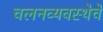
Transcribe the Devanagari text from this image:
चलनव्यवस्थेचे